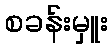
စခန်းမှူး